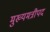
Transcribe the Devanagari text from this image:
मुख्यमत्रीपद